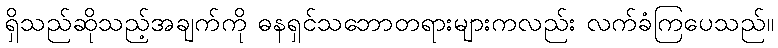
ရှိသည်ဆိုသည့်အချက်ကို ဓနရှင်သဘောတရားများကလည်း လက်ခံကြပေသည်။